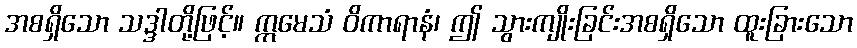
အစရှိသော သဒ္ဒါတို့ဖြင့်။ ဣမေသံ ဝိကာရာနံ၊ ဤ သွားကျိုးခြင်းအစရှိသော ထူးခြားသော